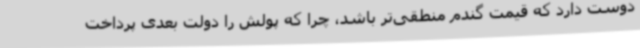
دوست دارد که قیمت گندم منطقی‌تر باشد، چرا که پولش را دولت بعدی پرداخت